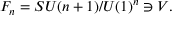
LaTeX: F _ { n } = S U ( n + 1 ) / U ( 1 ) ^ { n } \ni V .